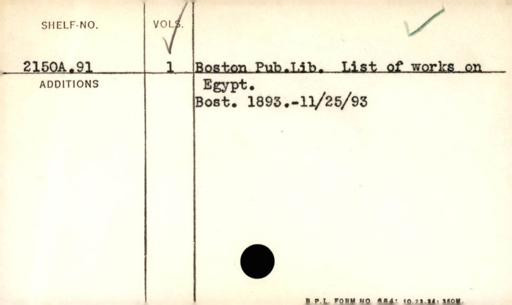
Label: content